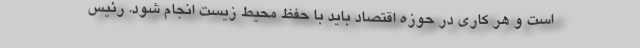
است و هر کاری در حوزه اقتصاد باید با حفظ محیط زیست انجام شود. رئیس